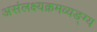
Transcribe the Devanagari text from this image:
असंलक्ष्यक्रमव्यङ्ग्य